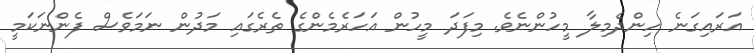
އަރައިގަނެ ހިންދެމިލާ މީހުންނެވެ. މިފަދަ މީހުން އަހަރެމެންގެ ތެރެގައި މަދުން ނަމަވެސް ފެންނަކަމީ